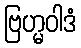
ဗြဟ္မဝါဒံ